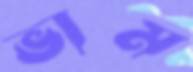
ভাম